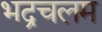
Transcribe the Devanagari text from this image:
भद्रचलम